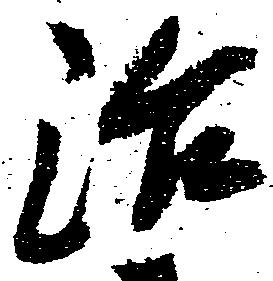
治